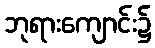
ဘုရားကျောင်း၌